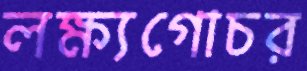
লক্ষ্যগোচর